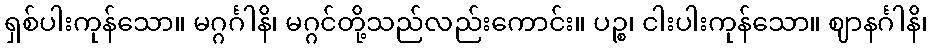
ရှစ်ပါးကုန်သော။ မဂ္ဂင်္ဂါနိ၊ မဂ္ဂင်တို့သည်လည်းကောင်း။ ပဉ္စ၊ ငါးပါးကုန်သော။ ဈာနင်္ဂါနိ၊